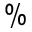
\%